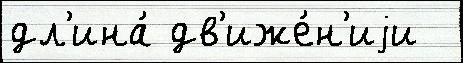
дл'ина́ дв'иже́н'иjи